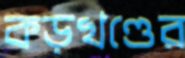
কড়খণ্ডের